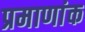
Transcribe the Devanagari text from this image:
प्रमाणांक